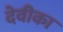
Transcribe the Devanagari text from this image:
देवीका